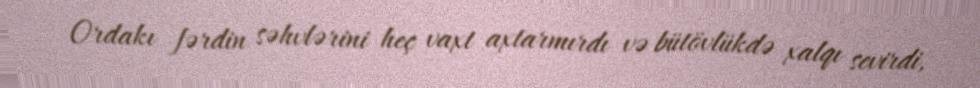
Ordakı fərdin səhvlərini heç vaxt axtarmırdı və bütövlükdə xalqı sevirdi,